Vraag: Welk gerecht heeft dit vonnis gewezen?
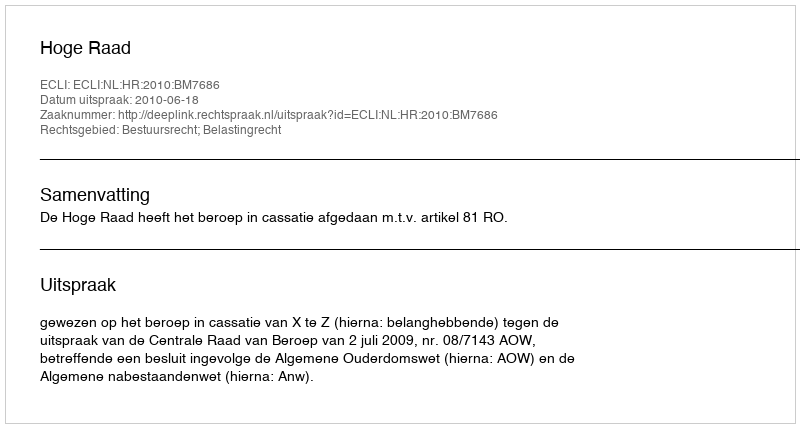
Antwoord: Hoge Raad